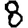
Digit: 8